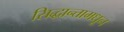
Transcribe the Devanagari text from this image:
सिद्धान्तामधून